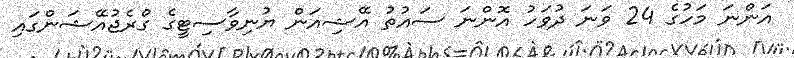
އަންނަ މަހުގެ 24 ވަނަ ދުވަހު އޮންނަ ސައުތު އޭޝިއަން ޔުނިވާސިޓީގެ ގްރެޖުއޭޝަންގައި